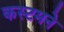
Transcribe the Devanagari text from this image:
कस्टमने